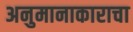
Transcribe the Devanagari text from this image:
अनुमानाकाराचा